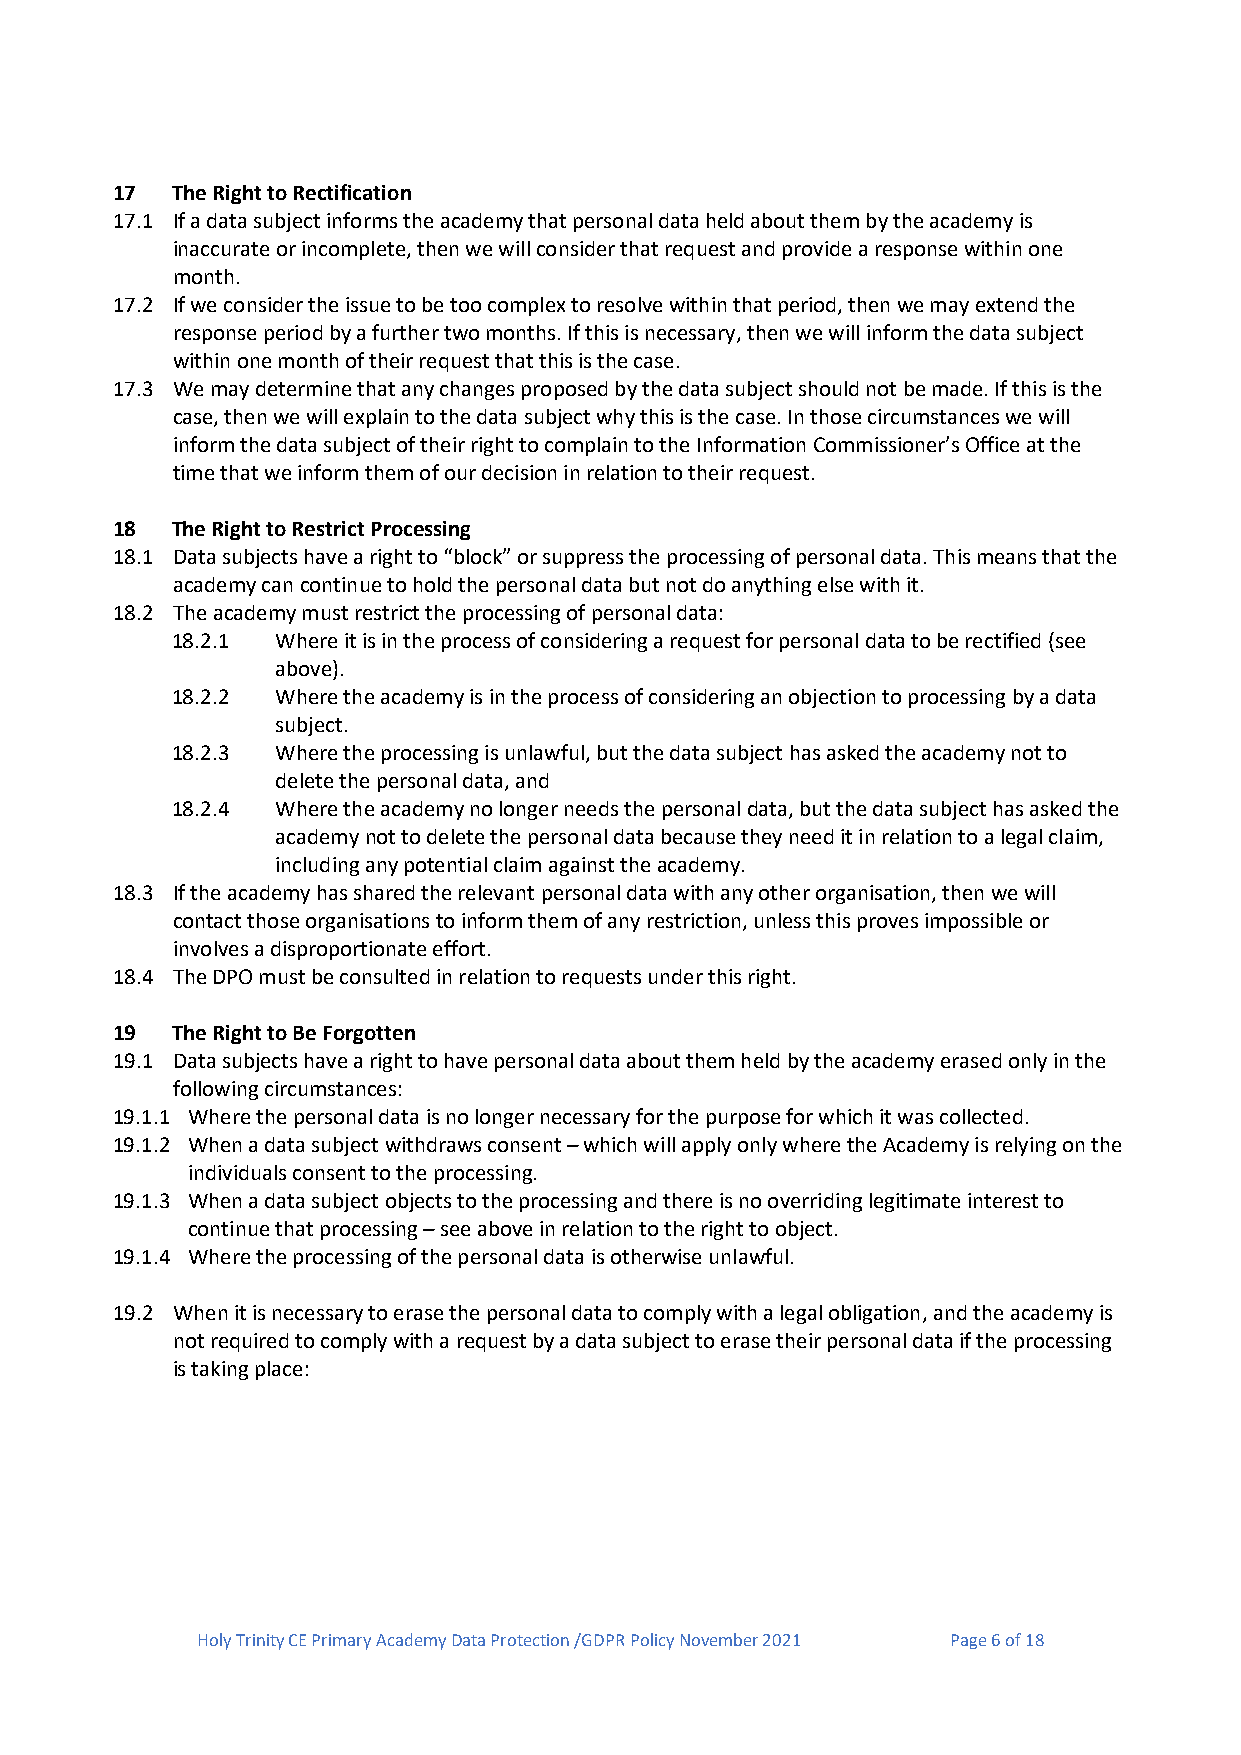
17  The Right to Rectification
 17.1 If a data subject informs the academy that personal data held about them by the academy is
 inaccurate or incomplete, then we will consider that request and provide a response within one
 month.
 17.2 If we consider the issue to be too complex to resolve within that period, then we may extend the
 response period by a further two months. If this is necessary, then we will inform the data subject
 within one month of their request that this is the case.
 17.3 We may determine that any changes proposed by the data subject should not be made. If this is the
 case, then we will explain to the data subject why this is the case. In those circumstances we will
 inform the data subject of their right to complain to the Information Commissioner’s Office at the
 time that we inform them of our decision in relation to their request.
 18  The Right to Restrict Processing
 18.1 Data subjects have a right to “block” or suppress the processing of personal data. This means that the
 academy can continue to hold the personal data but not do anything else with it.
 18.2 The academy must restrict the processing of personal data:
 18.2.1 Where it is in the process of considering a request for personal data to be rectified (see
 above).
 18.2.2 Where the academy is in the process of considering an objection to processing by a data
 subject.
 18.2.3 Where the processing is unlawful, but the data subject has asked the academy not to
 delete the personal data, and
 18.2.4 Where the academy no longer needs the personal data, but the data subject has asked the
 academy not to delete the personal data because they need it in relation to a legal claim,
 including any potential claim against the academy.
 18.3 If the academy has shared the relevant personal data with any other organisation, then we will
 contact those organisations to inform them of any restriction, unless this proves impossible or
 involves a disproportionate effort.
 18.4 The DPO must be consulted in relation to requests under this right.
 19  The Right to Be Forgotten
 19.1 Data subjects have a right to have personal data about them held by the academy erased only in the
 following circumstances:
 19.1.1 Where the personal data is no longer necessary for the purpose for which it was collected.
 19.1.2 When a data subject withdraws consent – which will apply only where the Academy is relying on the
 individuals consent to the processing.
 19.1.3 When a data subject objects to the processing and there is no overriding legitimate interest to
 continue that processing – see above in relation to the right to object.
 19.1.4 Where the processing of the personal data is otherwise unlawful.
 19.2 When it is necessary to erase the personal data to comply with a legal obligation, and the academy is
 not required to comply with a request by a data subject to erase their personal data if the processing
 is taking place:
 Holy Trinity CE Primary Academy Data Protection /GDPR Policy November 2021 Page 6 of 18